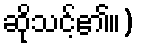
ဆိုသင့်၏။)